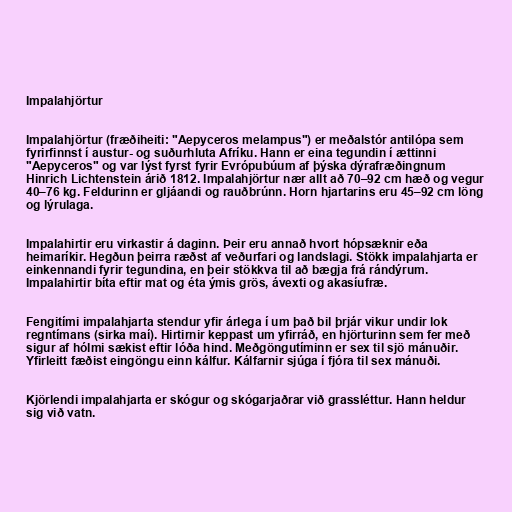
Impalahjörtur

Impalahjörtur (fræðiheiti: "Aepyceros melampus") er meðalstór antilópa sem
fyrirfinnst í austur- og suðurhluta Afríku. Hann er eina tegundin í ættinni
"Aepyceros" og var lýst fyrst fyrir Evrópubúum af þýska dýrafræðingnum
Hinrich Lichtenstein árið 1812. Impalahjörtur nær allt að 70–92 cm hæð og vegur
40–76 kg. Feldurinn er gljáandi og rauðbrúnn. Horn hjartarins eru 45–92 cm löng
og lýrulaga.

Impalahirtir eru virkastir á daginn. Þeir eru annað hvort hópsæknir eða
heimaríkir. Hegðun þeirra ræðst af veðurfari og landslagi. Stökk impalahjarta er
einkennandi fyrir tegundina, en þeir stökkva til að bægja frá rándýrum.
Impalahirtir bíta eftir mat og éta ýmis grös, ávexti og akasíufræ.

Fengitími impalahjarta stendur yfir árlega í um það bil þrjár vikur undir lok
regntímans (sirka maí). Hirtirnir keppast um yfirráð, en hjörturinn sem fer með
sigur af hólmi sækist eftir lóða hind. Meðgöngutíminn er sex til sjö mánuðir.
Yfirleitt fæðist eingöngu einn kálfur. Kálfarnir sjúga í fjóra til sex mánuði.

Kjörlendi impalahjarta er skógur og skógarjaðrar við grassléttur. Hann heldur
sig við vatn.